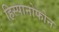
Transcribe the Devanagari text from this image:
हिस्पानोफोन